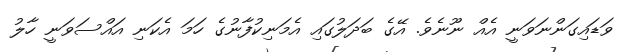
ވަޑައިގަންނަވަނީ އެއް ނޫނެވެ. އޭގެ ބަދަލުގައި އެމަނިކުފާނުގެ ހަމަ އެކަނި އައްސަވަނީ ހާލު